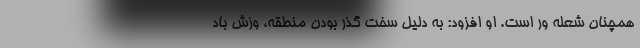
همچنان شعله ور است. او افزود: به دلیل سخت گذر بودن منطقه، وزش باد